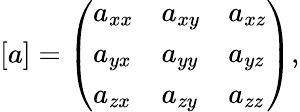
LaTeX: [a]=\left(\begin{array}{lll}{a_{xx}}&{a_{xy}}&{a_{xz}}\\ {a_{yx}}&{a_{yy}}&{a_{yz}}\\ {a_{zx}}&{a_{zy}}&{a_{zz}}\end{array}\right),